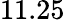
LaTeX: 11.25